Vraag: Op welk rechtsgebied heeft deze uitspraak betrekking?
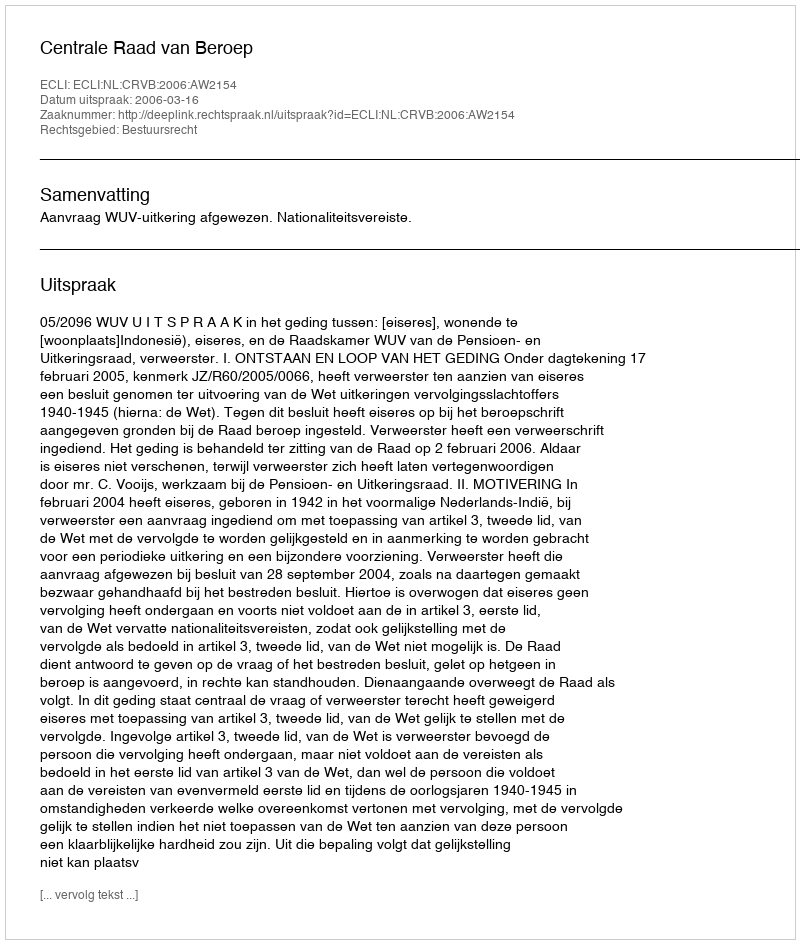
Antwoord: Bestuursrecht